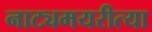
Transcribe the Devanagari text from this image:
नाट्यमयरीत्या